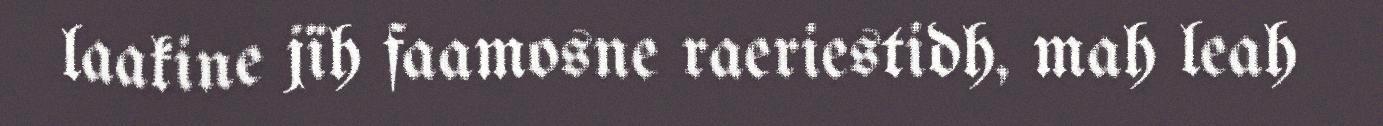
laakine jïh faamosne raeriestidh, mah leah